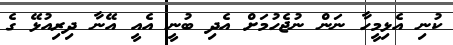
ކުނި އެޅިމީހާ ނަން ނުޖެހުމަށް އެދި ބުނީ އެއީ އޭނާ ދިރިއުޅޭ ގެ